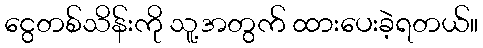
ငွေတစ်သိန်းကို သူ့အတွက် ထားပေးခဲ့ရတယ်။